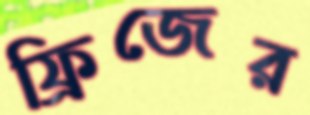
ফ্রিজের